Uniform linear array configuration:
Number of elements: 64
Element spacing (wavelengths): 0.5
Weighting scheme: exponential
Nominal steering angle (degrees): -15
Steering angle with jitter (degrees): -14.651
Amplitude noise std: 0.05
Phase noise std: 0.05

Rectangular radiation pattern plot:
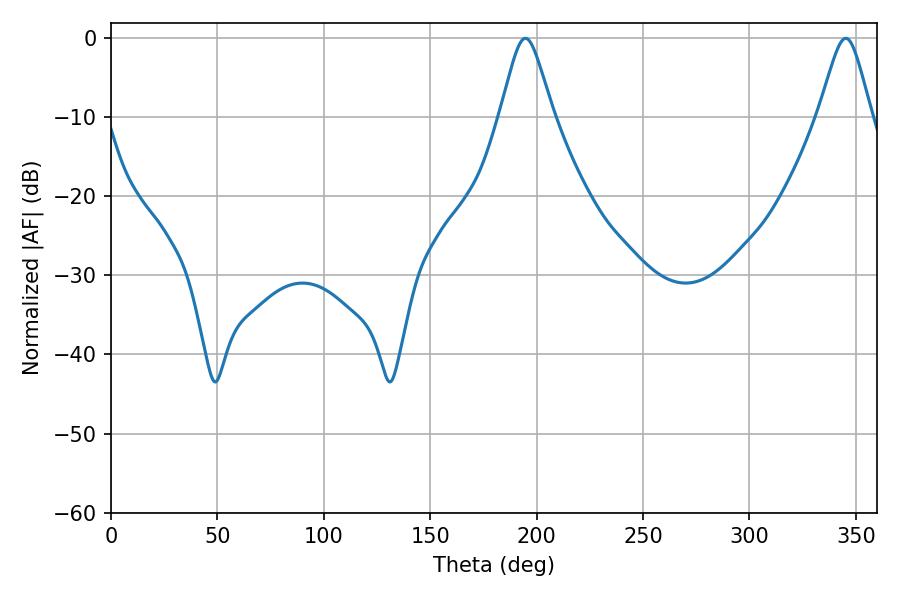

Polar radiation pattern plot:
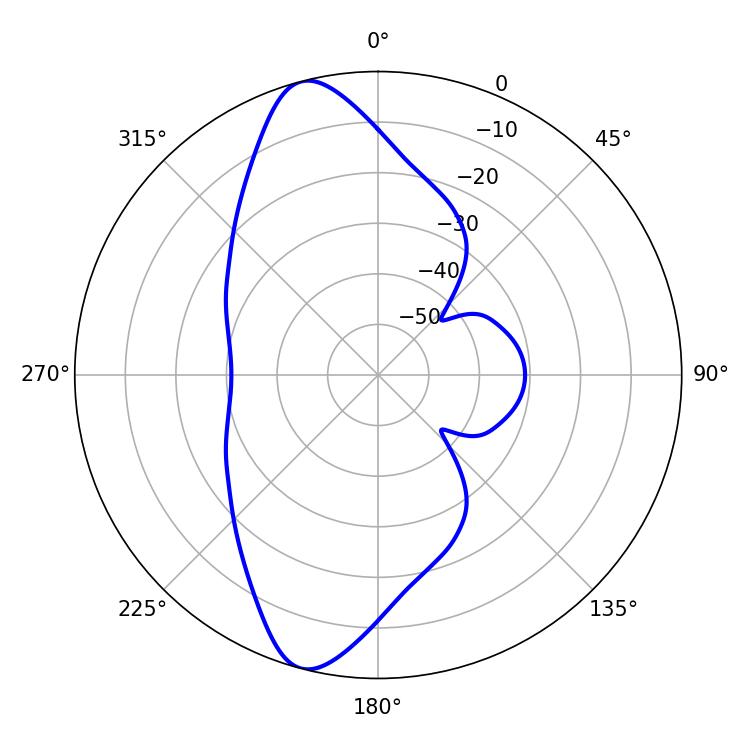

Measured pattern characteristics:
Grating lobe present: FALSE
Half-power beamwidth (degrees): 12.06
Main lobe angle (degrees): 194.76